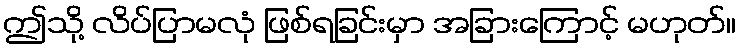
ဤသို့ လိပ်ပြာမလုံ ဖြစ်ရခြင်းမှာ အခြားကြောင့် မဟုတ်။